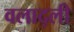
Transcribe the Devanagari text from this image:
वलाद्ली